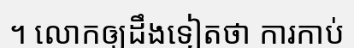
។ លោកឲ្យដឹងទៀតថា ការកាប់